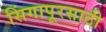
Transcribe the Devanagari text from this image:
सिंगापूरसाठी